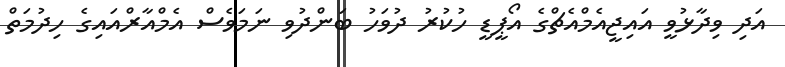
އަދި ވިދާޅުވީ އައިޖީއެމްއެޗްގެ އޯޕީޑީ ހުކުރު ދުވަހު ބަންދުވި ނަމަވެސް އެމްއާރްއައިގެ ހިދުމަތް